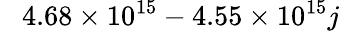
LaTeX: \phantom{-}4.68\times 10^{15}-4.55\times 10^{15}j